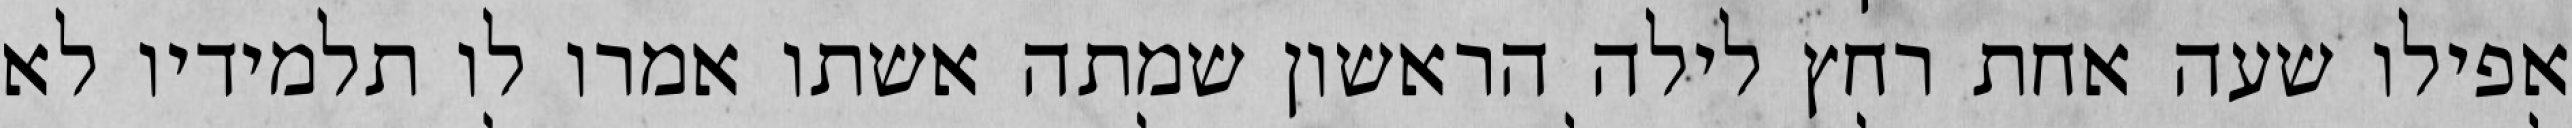
אפילו שעה אחת רחץ לילה הראשון שמתה אשתו אמרו לו תלמידיו לא